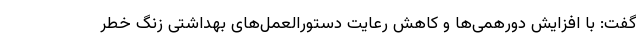
گفت: با افزایش دورهمی‌ها و کاهش رعایت دستورالعمل‌های بهداشتی زنگ خطر